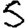
Digit: 5